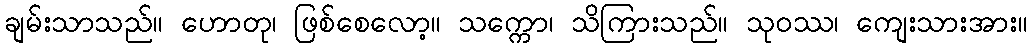
ချမ်းသာသည်။ ဟောတု၊ ဖြစ်စေလော့။ သက္ကော၊ သိကြားသည်။ သုဝဿ၊ ကျေးသားအား။